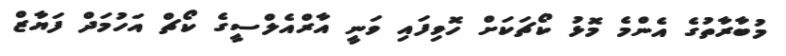
މުބާރާތުގެ އެންމެ މޮޅު ކޯޗަކަށް ހޮވިފައި ވަނީ އާރްއެލްސީގެ ކޯޗް އަހުމަދް ފަޔާޒް